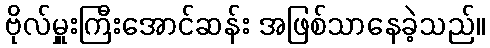
ဗိုလ်မှူးကြီးအောင်ဆန်း အဖြစ်သာနေခဲ့သည်။